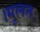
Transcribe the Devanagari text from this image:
।मूलतः